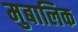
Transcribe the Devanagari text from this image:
मुबालिक